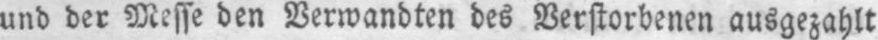
und der Messe den Verwandten des Verstorbenen ausgezahlt